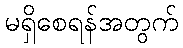
မရှိစေရန်အတွက်